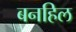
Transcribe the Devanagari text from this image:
बनहिल